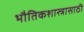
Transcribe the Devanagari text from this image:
भौतिकशास्त्रासाठी